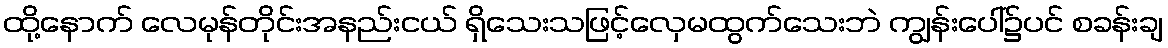
ထို့နောက် လေမုန်တိုင်းအနည်းငယ် ရှိသေးသဖြင့်လှေမထွက်သေးဘဲ ကျွန်းပေါ်၌ပင် စခန်းချ